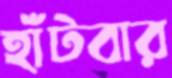
হাঁটবার